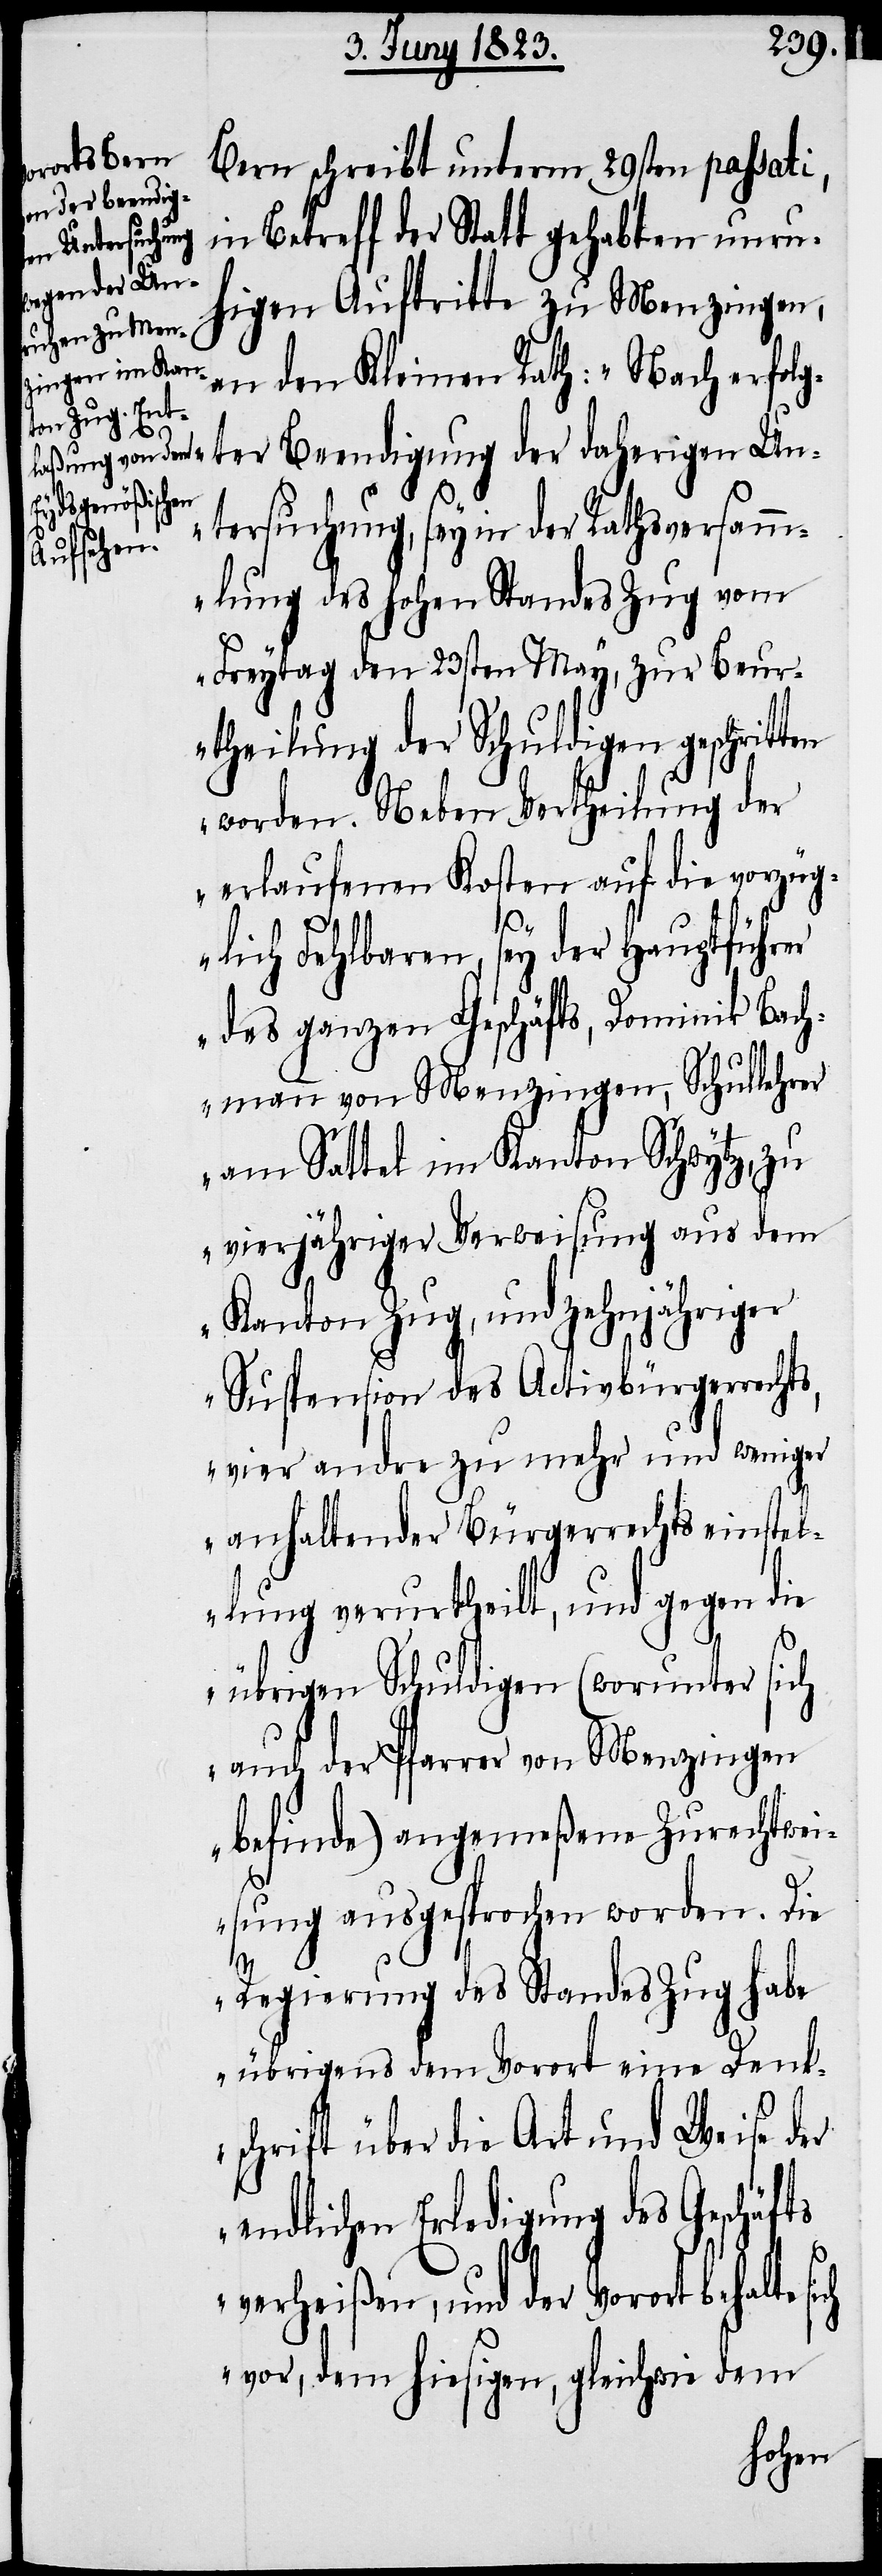
Bern schreibt unterm 29sten passati,
in Betreff der Statt gehabten unru¬
higen Auftritte zu Menzingen,
an den Kleinen Rath: „Nach erfol¬
gter Beendigung der daherigen Un¬
tersuchung, sey in der Rathsversamm¬
lung des hohen Standes Zug vom
Freytag den 23sten May, zur Beur¬
theilung der Schuldigen geschrit¬
worden. Neben Vertheilung der
erlaufenen Kosten auf die vorzüg¬
ten
lich Fehlbaren, sey der Hauptführer
des ganzen Geschäfts, Dominik Bach¬
mann von Menzingen, Schullehrer
am Sattel im Kanton Schwytz, zu
vierjähriger Verweisung aus dem
Kanton Zug, und zehnjähriger
Suspension des Activbürgerrechts,
vier andre zu mehr und weniger
anhaltender Bürgerrechtseinstel¬
lung verurtheilt, und gegen die
übrigen Schuldigen (worunter sich
auch der Pfarrer von Menzingen
befinde) angemeßene Zurechtwei¬
sung ausgesprochen worden. Die
Regierung des Standes Zug habe
übrigens dem Vorort eine Denk¬
schrift über die Art und Weise der
endlichen Erledigung des Geschäfts
verheißen, und der Vorort behalte sich
vor, dem hiesigen, gleichwie dem